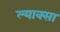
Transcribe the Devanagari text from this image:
ल्याक्सा